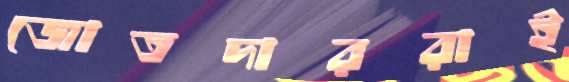
জোতদাররাই